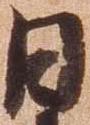
日